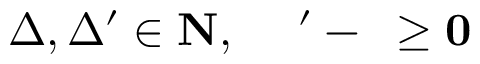
\Delta , \Delta ^ { \prime } \in \bf { N } , \quad \Delta ^ { \prime } - \Delta \geq 0